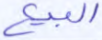
البيع